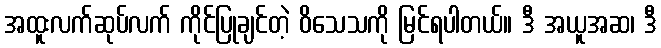
အထူးလက်ဆုပ်လက် ကိုင်ပြုချင်တဲ့ ဝိသေသကို မြင်ရပါတယ်။ ဒီ အယူအဆ၊ ဒီ